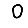
Digit: 0